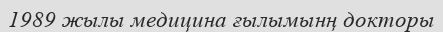
1989 жылы медицина ғылымынң докторы